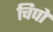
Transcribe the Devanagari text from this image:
चिपो